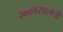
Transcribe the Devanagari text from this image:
२००१सालची